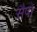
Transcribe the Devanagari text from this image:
सैपो